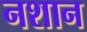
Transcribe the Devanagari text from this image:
नशान